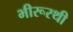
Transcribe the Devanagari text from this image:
भीरूरथी